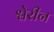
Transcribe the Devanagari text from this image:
श्वेरीन